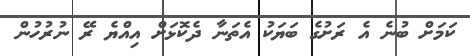
ކަމަށް ބުނެ އެ ރަށުގެ ބަޔަކު އެތަނާ ދެކޮޅަށް އިއްޔެ ރޭ ނުރުހުން